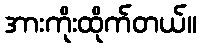
အားကိုးထိုက်တယ်။